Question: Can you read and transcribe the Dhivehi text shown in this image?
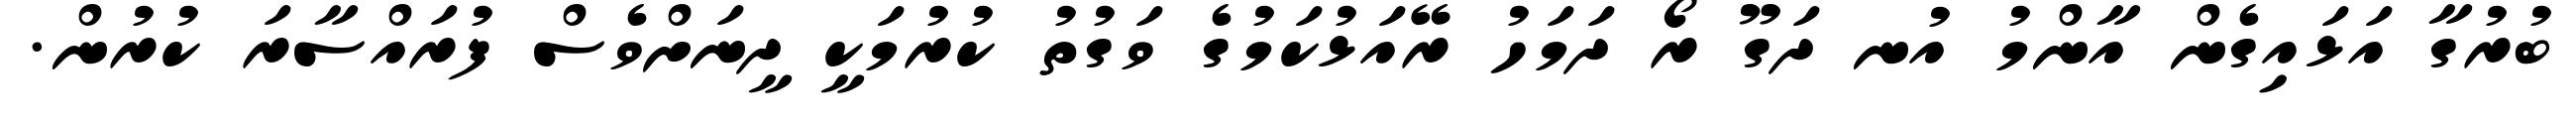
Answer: ބުރުގާ އަޅައިގެން އާންމު އުނ ދަގޫ ރޯ ދަމަހު ރޭއަޅުކަމުގެ ވަގުތު ކުރުމަކީ ދީނަށްވެސް ފުރައްސާރަ ކުރުން.